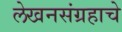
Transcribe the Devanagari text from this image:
लेखनसंग्रहाचे